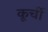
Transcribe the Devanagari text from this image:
कूर्ची